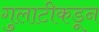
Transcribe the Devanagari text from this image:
गुलाटीकडून